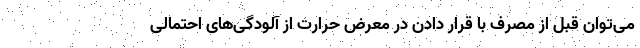
می‌توان قبل از مصرف با قرار دادن در معرض حرارت از آلودگی‌های احتمالی